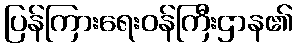
ပြန်ကြားရေးဝန်ကြီးဌာန၏